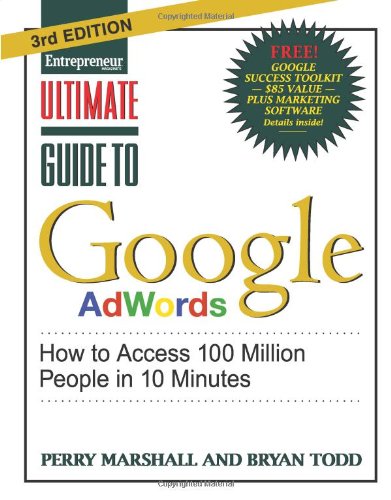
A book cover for Ultimate Guide to Google AdWords: How to Access 100 Million People in 10 Minutes; Perry Marshall; Computers & Technology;